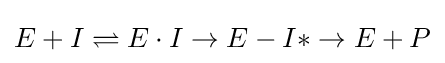
E+I\rightleftharpoons E\cdot I\rightarrow E-I*\rightarrow E+P